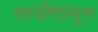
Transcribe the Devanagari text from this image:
सायीपासून